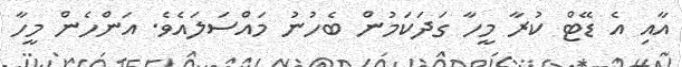
އާއި އެ ޑޭޓް ކުރާ މީހާ ގަދަކަމުން ބެހުނު މައްސަލައެވެ. އަންހެން މީހާ